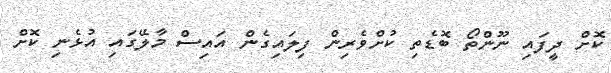
ކޮށް ދީފައި ނޫންތޯ ބޮޑެތި ކުށްވެރިން ފިލައިގެން އައިސް މާލޭގައި އުޅެނި ކޮށް